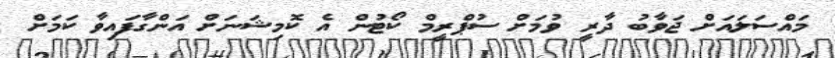
މައްސަލައަށް ޖަވާބު ދާރީ ވުމަށް ސުޕްރީމް ކޯޓުން އެ ކޮމިޝަނަށް އަންގާފައިވާ ކަމަށް